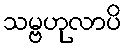
သမ္ဗဟုလာပိ